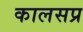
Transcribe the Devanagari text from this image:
कालसप्र